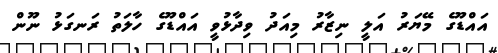
އައްޑޫގެ މޭޔަރު އަލީ ނިޒާރު މިއަދު ވިދާޅުވީ އައްޑޫގެ ހާލަތު ރަނގަޅު ނޫން